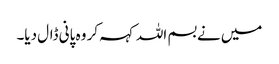
میں نے بسم اللہ کہہ کر وہ پانی ڈال دیا۔